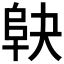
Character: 𱀅